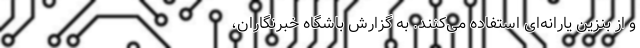
و از بنزین یارانه‌ای استفاده می‌کنند. به گزارش باشگاه خبرنگاران،